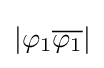
|\varphi _{1}{\overline {\varphi _{1}}}|